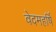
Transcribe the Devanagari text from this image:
वेदमहर्षि